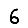
Digit: 6